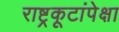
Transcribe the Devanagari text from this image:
राष्ट्रकूटांपेक्षा